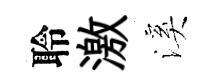
聆激溪